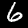
Label: 6